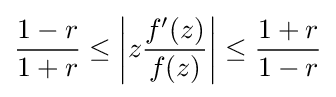
{1-r \over 1+r}\leq \left|z{f^{\prime }(z) \over f(z)}\right|\leq {1+r \over 1-r}